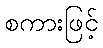
စကားဖြင့်